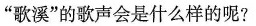
”歌溪”的歌声会是什么样的呢?